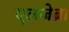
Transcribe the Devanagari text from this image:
एलजेब्रा